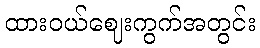
ထားဝယ်ဈေးကွက်အတွင်း